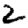
Digit: 2